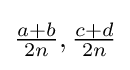
{\tfrac {a+b}{2n}},{\tfrac {c+d}{2n}}